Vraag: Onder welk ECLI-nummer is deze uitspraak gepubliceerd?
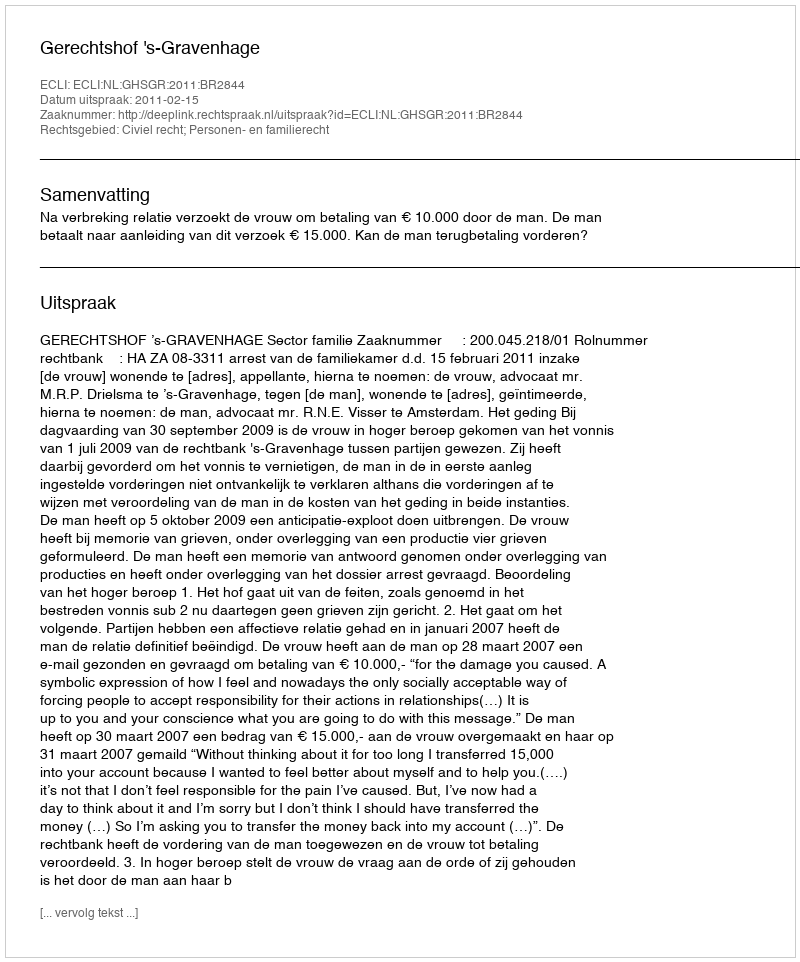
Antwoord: ECLI:NL:GHSGR:2011:BR2844